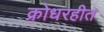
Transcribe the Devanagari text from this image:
क्रोधरहीत